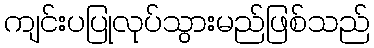
ကျင်းပပြုလုပ်သွားမည်ဖြစ်သည်